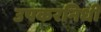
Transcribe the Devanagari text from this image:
उपकरनिधी